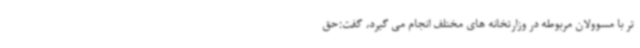
تر با مسوولان مربوطه در وزارتخانه های مختلف انجام می گیرد، گفت:حق